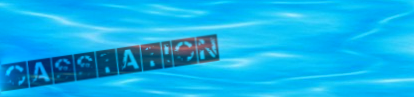
GasStation